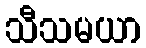
သီသမယာ